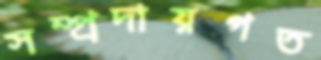
সম্প্রদায়গত